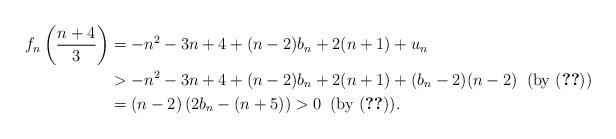
LaTeX: \begin{align*}f_n\left(\frac{n+4}{3}\right)&=-n^2-3n+4+(n-2)b_n+2(n+1)+u_n\\&>-n^2-3n+4+(n-2)b_n+2(n+1)+(b_n-2)(n-2)\;\;\mbox{(by (\ref{ae6}))}\\&=(n-2)\left(2b_n-(n+5)\right)>0\;\;\mbox{(by (\ref{ae8})).}\end{align*}